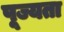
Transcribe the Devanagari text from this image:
पूज्यता